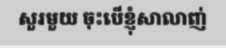
សួរមួយ ចុះបើខ្ញុំសាលាញ់